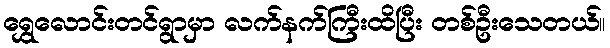
ရွှေလောင်းတင်ရွာမှာ လက်နက်ကြီးထိပြီး တစ်ဦးသေတယ်။